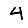
Digit: 4